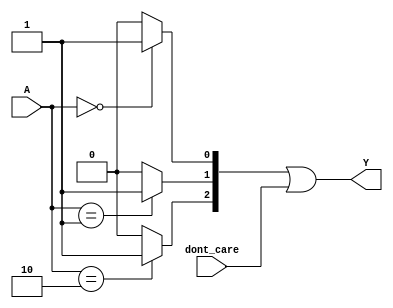
module PrimeImplicant (
    input [3:0] A,     // 4-bit input vector (can be modified for more variables)
    input [3:0] dont_care, // don't care conditions
    output reg [3:0] Y  // 4-bit output vector
);

// Internal variables to hold minterms and prime implicants
reg [15:0] minterms; // 16 possible minterms for 4 variables
reg [15:0] prime_implicants;

// Function to initialize minterms based on input conditions
always @(*) begin
    // Initialize minterms based on the truth table
    // Example truth table: minterms where output = 1
    minterms = 0;
    if (A == 4'b0000) minterms[0] = 1; // Minterm 0
    if (A == 4'b0001) minterms[1] = 1; // Minterm 1
    if (A == 4'b0010) minterms[2] = 1; // Minterm 2
    if (A == 4'b0100) minterms[4] = 1; // Minterm 4
    // Add more conditions based on the specific truth table
end

// Function to calculate prime implicants
always @(*) begin
    // Simplified logic to generate prime implicants (this needs to be replaced 
    // with actual logic for finding prime implicants using Quine-McCluskey)
    prime_implicants = minterms | dont_care; // Example operation

    // Example output based on prime implicants
    // This is where the logic to determine the final output based on prime implicants would go
    Y = prime_implicants[3:0]; // Output first 4 bits as a simplified example
end

endmodule